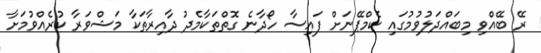
ރޭ ބޭއްވި މިބައްދަލުވުމުގައި ކެމްޕޭނަށް ފައިސާ ހޯދާނެ ގޮތްތަކާމެދު ދާއިރާތަކާ މަޝްވަރާ ކުރެއްވުމަށާ